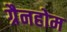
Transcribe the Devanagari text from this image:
ग्रैनहोम